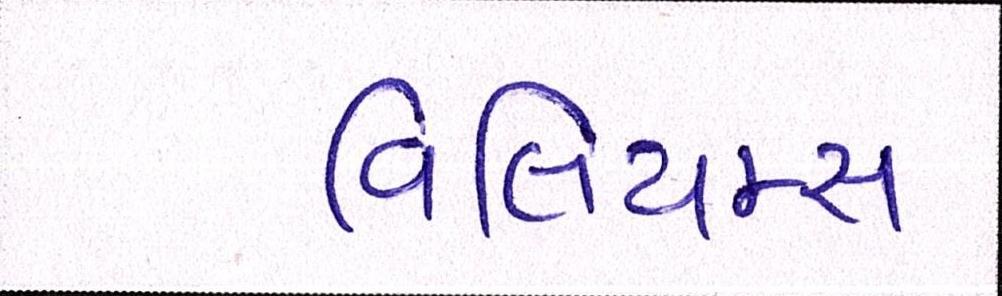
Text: વિલિયમ્સ